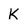
Character: K